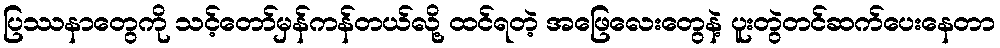
ပြဿနာတွေကို သင့်တော်မှန်ကန်တယ်လို့ ထင်ရတဲ့ အဖြေလေးတွေနဲ့ ပူးတွဲတင်ဆက်ပေးနေတာ